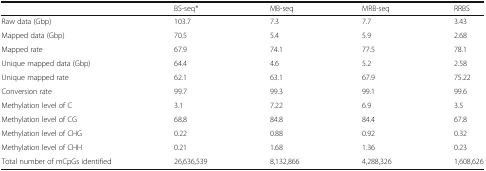
<table><thead><tr><td></td><td><b>BS-seq*</b></td><td><b>MB-seq</b></td><td><b>MRB-seq</b></td><td><b>RRBS</b></td></tr></thead><tbody><tr><td>Raw data (Gbp)</td><td>103.7</td><td>7.3</td><td>7.7</td><td>3.43</td></tr><tr><td>Mapped data (Gbp)</td><td>70.5</td><td>5.4</td><td>5.9</td><td>2.68</td></tr><tr><td>Mapped rate</td><td>67.9</td><td>74.1</td><td>77.5</td><td>78.1</td></tr><tr><td>Unique mapped data (Gbp)</td><td>64.4</td><td>4.6</td><td>5.2</td><td>2.58</td></tr><tr><td>Unique mapped rate</td><td>62.1</td><td>63.1</td><td>67.9</td><td>75.22</td></tr><tr><td>Conversion rate</td><td>99.7</td><td>99.3</td><td>99.1</td><td>99.6</td></tr><tr><td>Methylation level of C</td><td>3.1</td><td>7.22</td><td>6.9</td><td>3.5</td></tr><tr><td>Methylation level of CG</td><td>68.8</td><td>84.8</td><td>84.4</td><td>67.8</td></tr><tr><td>Methylation level of CHG</td><td>0.22</td><td>0.88</td><td>0.92</td><td>0.32</td></tr><tr><td>Methylation level of CHH</td><td>0.21</td><td>1.68</td><td>1.36</td><td>0.23</td></tr><tr><td>Total number of mCpGs identified</td><td>26,636,539</td><td>8,132,866</td><td>4,288,326</td><td>1,608,626</td></tr></tbody></table>